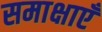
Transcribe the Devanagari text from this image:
समाक्षाएँ